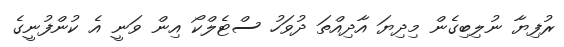
ރުފިޔާ ނުލިބިގެން މިދިޔަ އާދިއްތަ ދުވަހު ސްޓެލްކޯ އިން ވަނީ އެ ކުންފުނީގެ